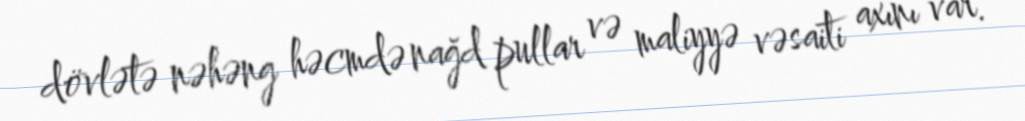
dövlətə nəhəng həcmdə nağd pullar və maliyyə vəsaiti axını var.